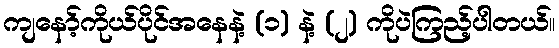
ကျနော့်ကိုယ်ပိုင်အနေနဲ့ (၁) နဲ့ (၂) ကိုပဲကြည့်ပါတယ်။